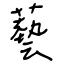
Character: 藝